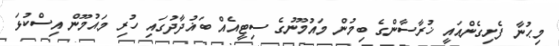
މިޙުނާ ފެށިގެންއައީ ޚުރާސާންގެ ބިމުން މައުމޫނުގެ ސިޓީއެއް ބަޣުދާދުގައި ހުރި މައުމޫން އިސްކުޅަ